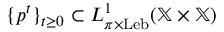
\{ p ^ { t } \} _ { t \geq 0 } \subset L _ { \pi \times \mathrm { L e b } } ^ { 1 } ( \mathbb { X } \times \mathbb { X } )